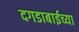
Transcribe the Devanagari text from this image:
दगडाबाईच्या